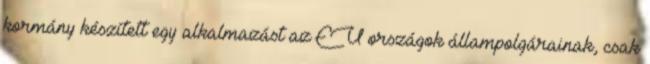
kormány készített egy alkalmazást az EU országok állampolgárainak, csak